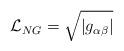
LaTeX: \begin{align*}{\cal L}_{NG} = \sqrt{| g_{\alpha \beta}|}\end{align*}